Indian journal of veterinary science and animal husbandry - Volume 10,
Year: 1940
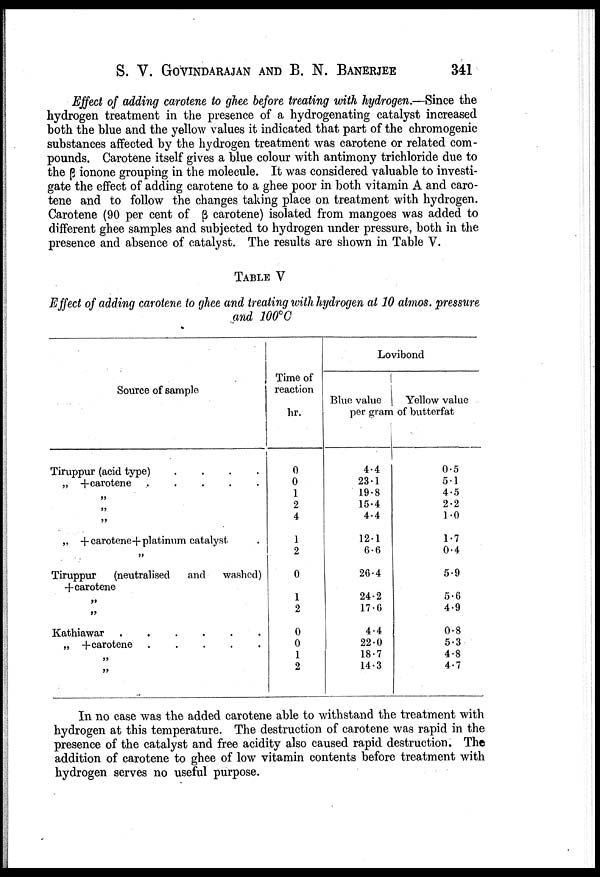
S. V. GOVINDARAJAN AND B. N. BANERJEE
341
Effect of adding carotene to ghee before treating with hydrogen.—Since the
hydrogen treatment in the presence of a hydrogenating catalyst increased
both the blue and the yellow values it indicated that part of the chromogenic
substances affected by the hydrogen treatment was carotene or related com
pounds. Carotene itself gives a blue colour with antimony trichloride due to
the β ionone grouping in the molecule. It was considered valuable to investi
gate the effect of adding carotene to a ghee poor in both vitamin A and caro
tene and to follow the changes taking place on treatment with hydrogen.
Carotene (90 per cent of β carotene) isolated from mangoes was added to
different ghee samples and subjected to hydrogen under pressure, both in the
presence and absence of catalyst. The results are shown in Table V.
TABLE V
Effect of adding carotene to ghee and treating with hydrogen at 10 atmos. pressure
and 100°C
Source of sample
Tiruppur (acid type)
.
.
.
.
„ + carotene
.
.
.
.
.
„
„
„
„ + carotene+ platinum catalyst .
„
Tiruppur
(neutralised
and
washed)
+ carotene
„
„
Kathiawar
.
.
.
.
.
.
„ + carotene
.
.
.
.
.
„
„
Time of
reaction
hr.
0
0
1
2
4
1
2
0
1
2
0
0
1
2
Lovibond
Blue value
Yellow value
per gram of butterfat
4.4
23.1
19.8
15.4
4.4
12.1
6.6
26.4
24.2
17.6
4.4
22.0
18.7
14.3
0.5
0.1
4.5
2.2
1.0
1.7
0.4
5.9
5.6
4.9
0.8
5.3
4.8
4.7
In no case was the added carotene able to withstand the treatment with
hydrogen at this temperature. The destruction of carotene was rapid in the
presence of the catalyst and free acidity also caused rapid destruction. The
addition of carotene to ghee of low vitamin contents before treatment with
hydrogen serves no useful purpose.